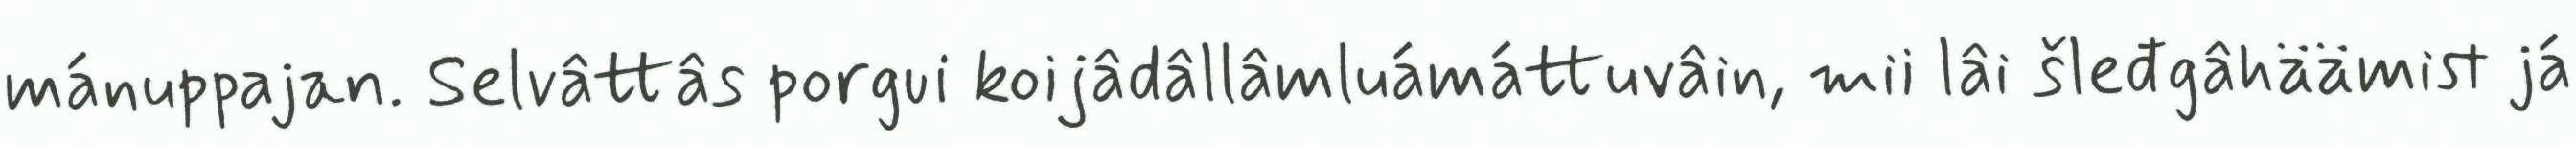
mánuppajan. Selvâttâs porgui koijâdâllâmluámáttuvâin, mii lâi šleđgâhäämist já